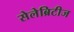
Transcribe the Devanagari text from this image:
सेलेब्रिटीज